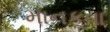
માનકૂવા